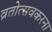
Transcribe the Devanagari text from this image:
व्रतोत्सवकरना